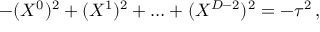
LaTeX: - ( X ^ { 0 } ) ^ { 2 } + ( X ^ { 1 } ) ^ { 2 } + \ldots + ( X ^ { D - 2 } ) ^ { 2 } = - \tau ^ { 2 } \, ,